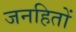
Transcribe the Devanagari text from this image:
जनहितों